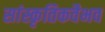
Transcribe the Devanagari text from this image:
सांस्कृतिकवैभव